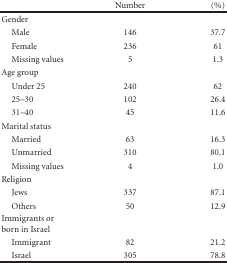
<table><thead><tr><td></td><td><b>Number</b></td><td><b>(%)</b></td></tr></thead><tbody><tr><td>Gender</td><td></td><td></td></tr><tr><td> Male</td><td>146</td><td>37.7</td></tr><tr><td> Female</td><td>236</td><td>61</td></tr><tr><td> Missing values</td><td>5</td><td>1.3</td></tr><tr><td>Age group</td><td></td><td></td></tr><tr><td> Under 25</td><td>240</td><td>62</td></tr><tr><td> 25–30</td><td>102</td><td>26.4</td></tr><tr><td> 31–40</td><td>45</td><td>11.6</td></tr><tr><td>Marital status</td><td></td><td></td></tr><tr><td> Married</td><td>63</td><td>16.3</td></tr><tr><td> Unmarried</td><td>310</td><td>80.1</td></tr><tr><td> Missing values</td><td>4</td><td>1.0</td></tr><tr><td>Religion</td><td></td><td></td></tr><tr><td> Jews</td><td>337</td><td>87.1</td></tr><tr><td> Others</td><td>50</td><td>12.9</td></tr><tr><td>Immigrants or born in Israel</td><td></td><td></td></tr><tr><td> Immigrant</td><td>82</td><td>21.2</td></tr><tr><td> Israel</td><td>305</td><td>78.8</td></tr></tbody></table>